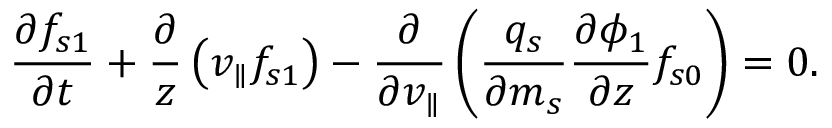
\frac { \partial f _ { s 1 } } { \partial t } + \frac { \partial } { z } \left( v _ { \parallel } f _ { s 1 } \right) - \frac { \partial } { \partial v _ { \parallel } } \left( \frac { q _ { s } } { \partial m _ { s } } \frac { \partial \phi _ { 1 } } { \partial z } f _ { s 0 } \right) = 0 .